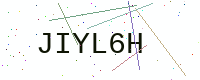
Text: JIYL6H